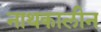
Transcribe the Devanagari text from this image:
नाथकालीन